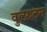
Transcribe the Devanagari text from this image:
वुल्फ़टन